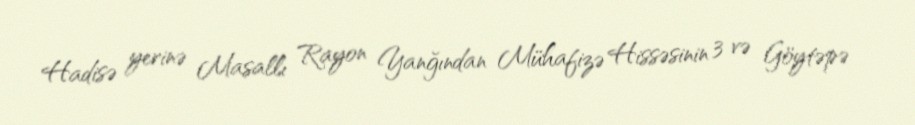
Hadisə yerinə Masallı Rayon Yanğından Mühafizə Hissəsinin 3 və Göytəpə